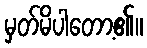
မှတ်မိပါတော့၏။